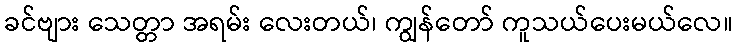
ခင်ဗျား သေတ္တာ အရမ်း လေးတယ်၊ ကျွန်တော် ကူသယ်ပေးမယ်လေ။